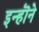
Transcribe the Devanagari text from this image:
इन्हॊने